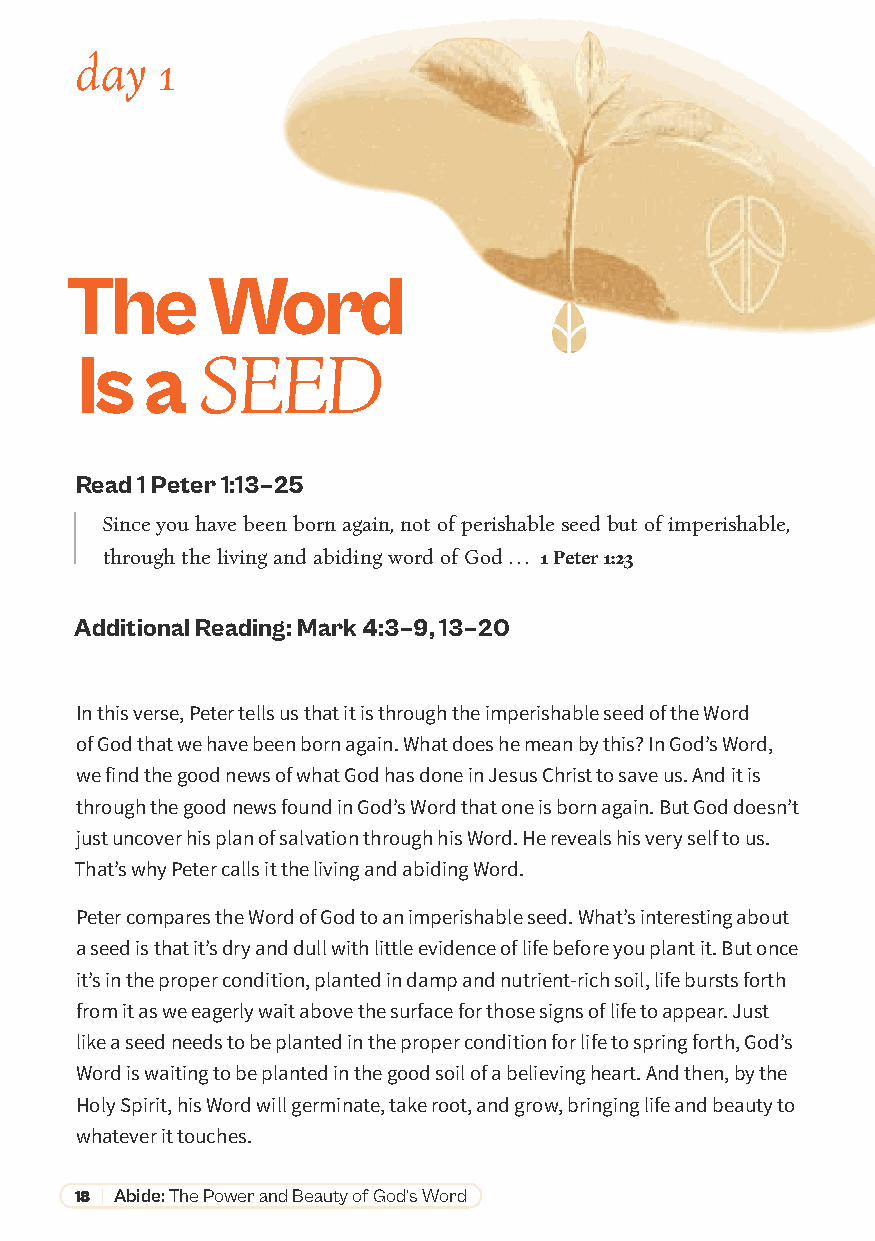
day  1
 The       Word
 Is   a
 SEED
 Read 1 Peter 1:13–25
 Since you have been born again, not of perishable seed but of imperishable,
 through the living and abiding word of God . . . 1 Peter 1:23
 Additional Reading: Mark 4:3–9, 13–20
 In this verse, Peter tells us that it is through the imperishable seed of the Word
 of God that we have been born again. What does he mean by this? In God’s Word,
 we find the good news of what God has done in Jesus Christ to save us. And it is
 through the good news found in God’s Word that one is born again. But God doesn’t
 just uncover his plan of salvation through his Word. He reveals his very self to us.
 That’s why Peter calls it the living and abiding Word.
 Peter compares the Word of God to an imperishable seed. What’s interesting about
 a seed is that it’s dry and dull with little evidence of life before you plant it. But once
 it’s in the proper condition, planted in damp and nutrient-rich soil, life bursts forth
 from it as we eagerly wait above the surface for those signs of life to appear. Just
 like a seed needs to be planted in the proper condition for life to spring forth, God’s
 Word is waiting to be planted in the good soil of a believing heart. And then, by the
 Holy Spirit, his Word will germinate, take root, and grow, bringing life and beauty to
 whatever it touches.
 18 | Abide: The Power and Beauty of God’s Word